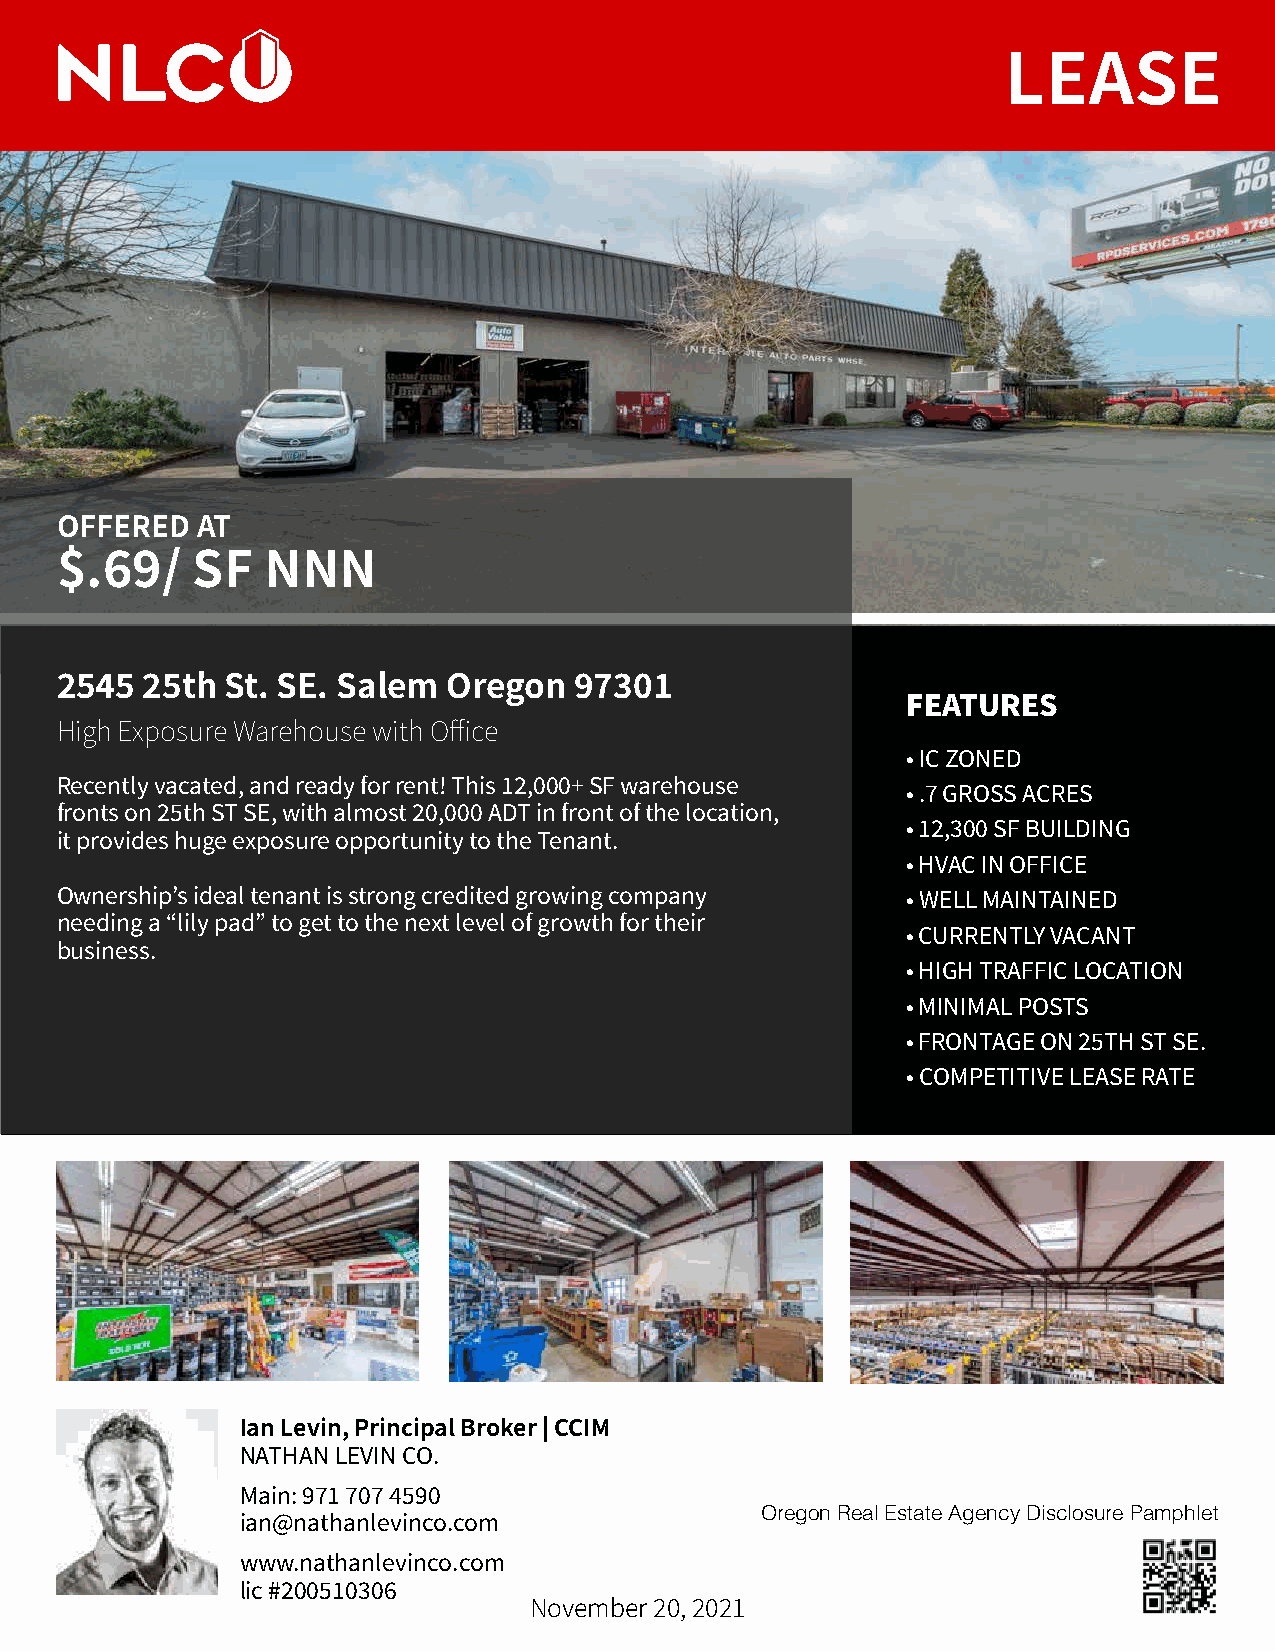
LEASE
 OFFERED  AT
 $.69/    SF  NNN
 2545 25th  St. SE. Salem  Oregon  97301
 FEATURES
 High Exposure Warehouse with Office
 • IC ZONED
 Recently vacated, and ready for rent! This 12,000+ SF warehouse
 • .7 GROSS ACRES
 fronts on 25th ST SE, with almost 20,000 ADT in front of the location,
 • 12,300 SF BUILDING
 it provides huge exposure opportunity to the Tenant.
 • HVAC IN OFFICE
 Ownership’s ideal tenant is strong credited growing company • WELL MAINTAINED
 needing a “lily pad” to get to the next level of growth for their
 • CURRENTLY VACANT
 business.
 • HIGH TRAFFIC LOCATION
 • MINIMAL POSTS
 • FRONTAGE ON 25TH ST SE.
 • COMPETITIVE LEASE RATE
 Ian Levin, Principal Broker | CCIM
 NATHAN LEVIN CO.
 Main: 971 707 4590                Oregon Real Estate Agency Disclosure Pamphlet
 ian@nathanlevinco.com
 www.nathanlevinco.com
 lic #200510306
 November 20, 2021